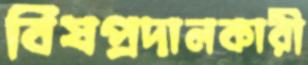
বিষপ্রদানকারী